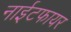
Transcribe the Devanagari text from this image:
नाईटफायर